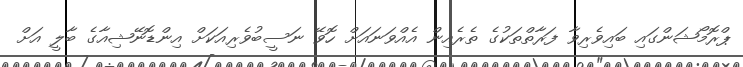
ޕްރޮމޯޝަންގައި ބައިވެރިވާ ފަރާތްތަކުގެ ތެރެއިން އެއްވަނައަށް ހޮވޭ ނަސީބުވެރިއަކަށް އިންޑޮނޭޝިއާގެ ބާލީ އަށް